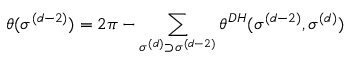
\theta ( \sigma ^ { ( d - 2 ) } ) = 2 \pi - \sum _ { \sigma ^ { ( d ) } \supset \sigma ^ { ( d - 2 ) } } \theta ^ { D H } ( \sigma ^ { ( d - 2 ) } , \sigma ^ { ( d ) } )